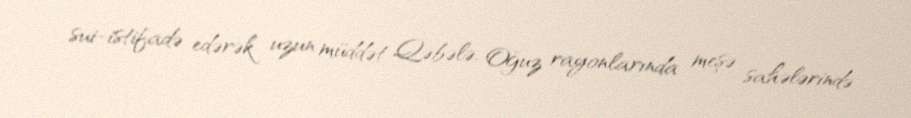
sui-istifadə edərək uzun müddət Qəbələ, Oğuz rayonlarında meşə sahələrində